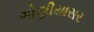
ગોણીયાસર